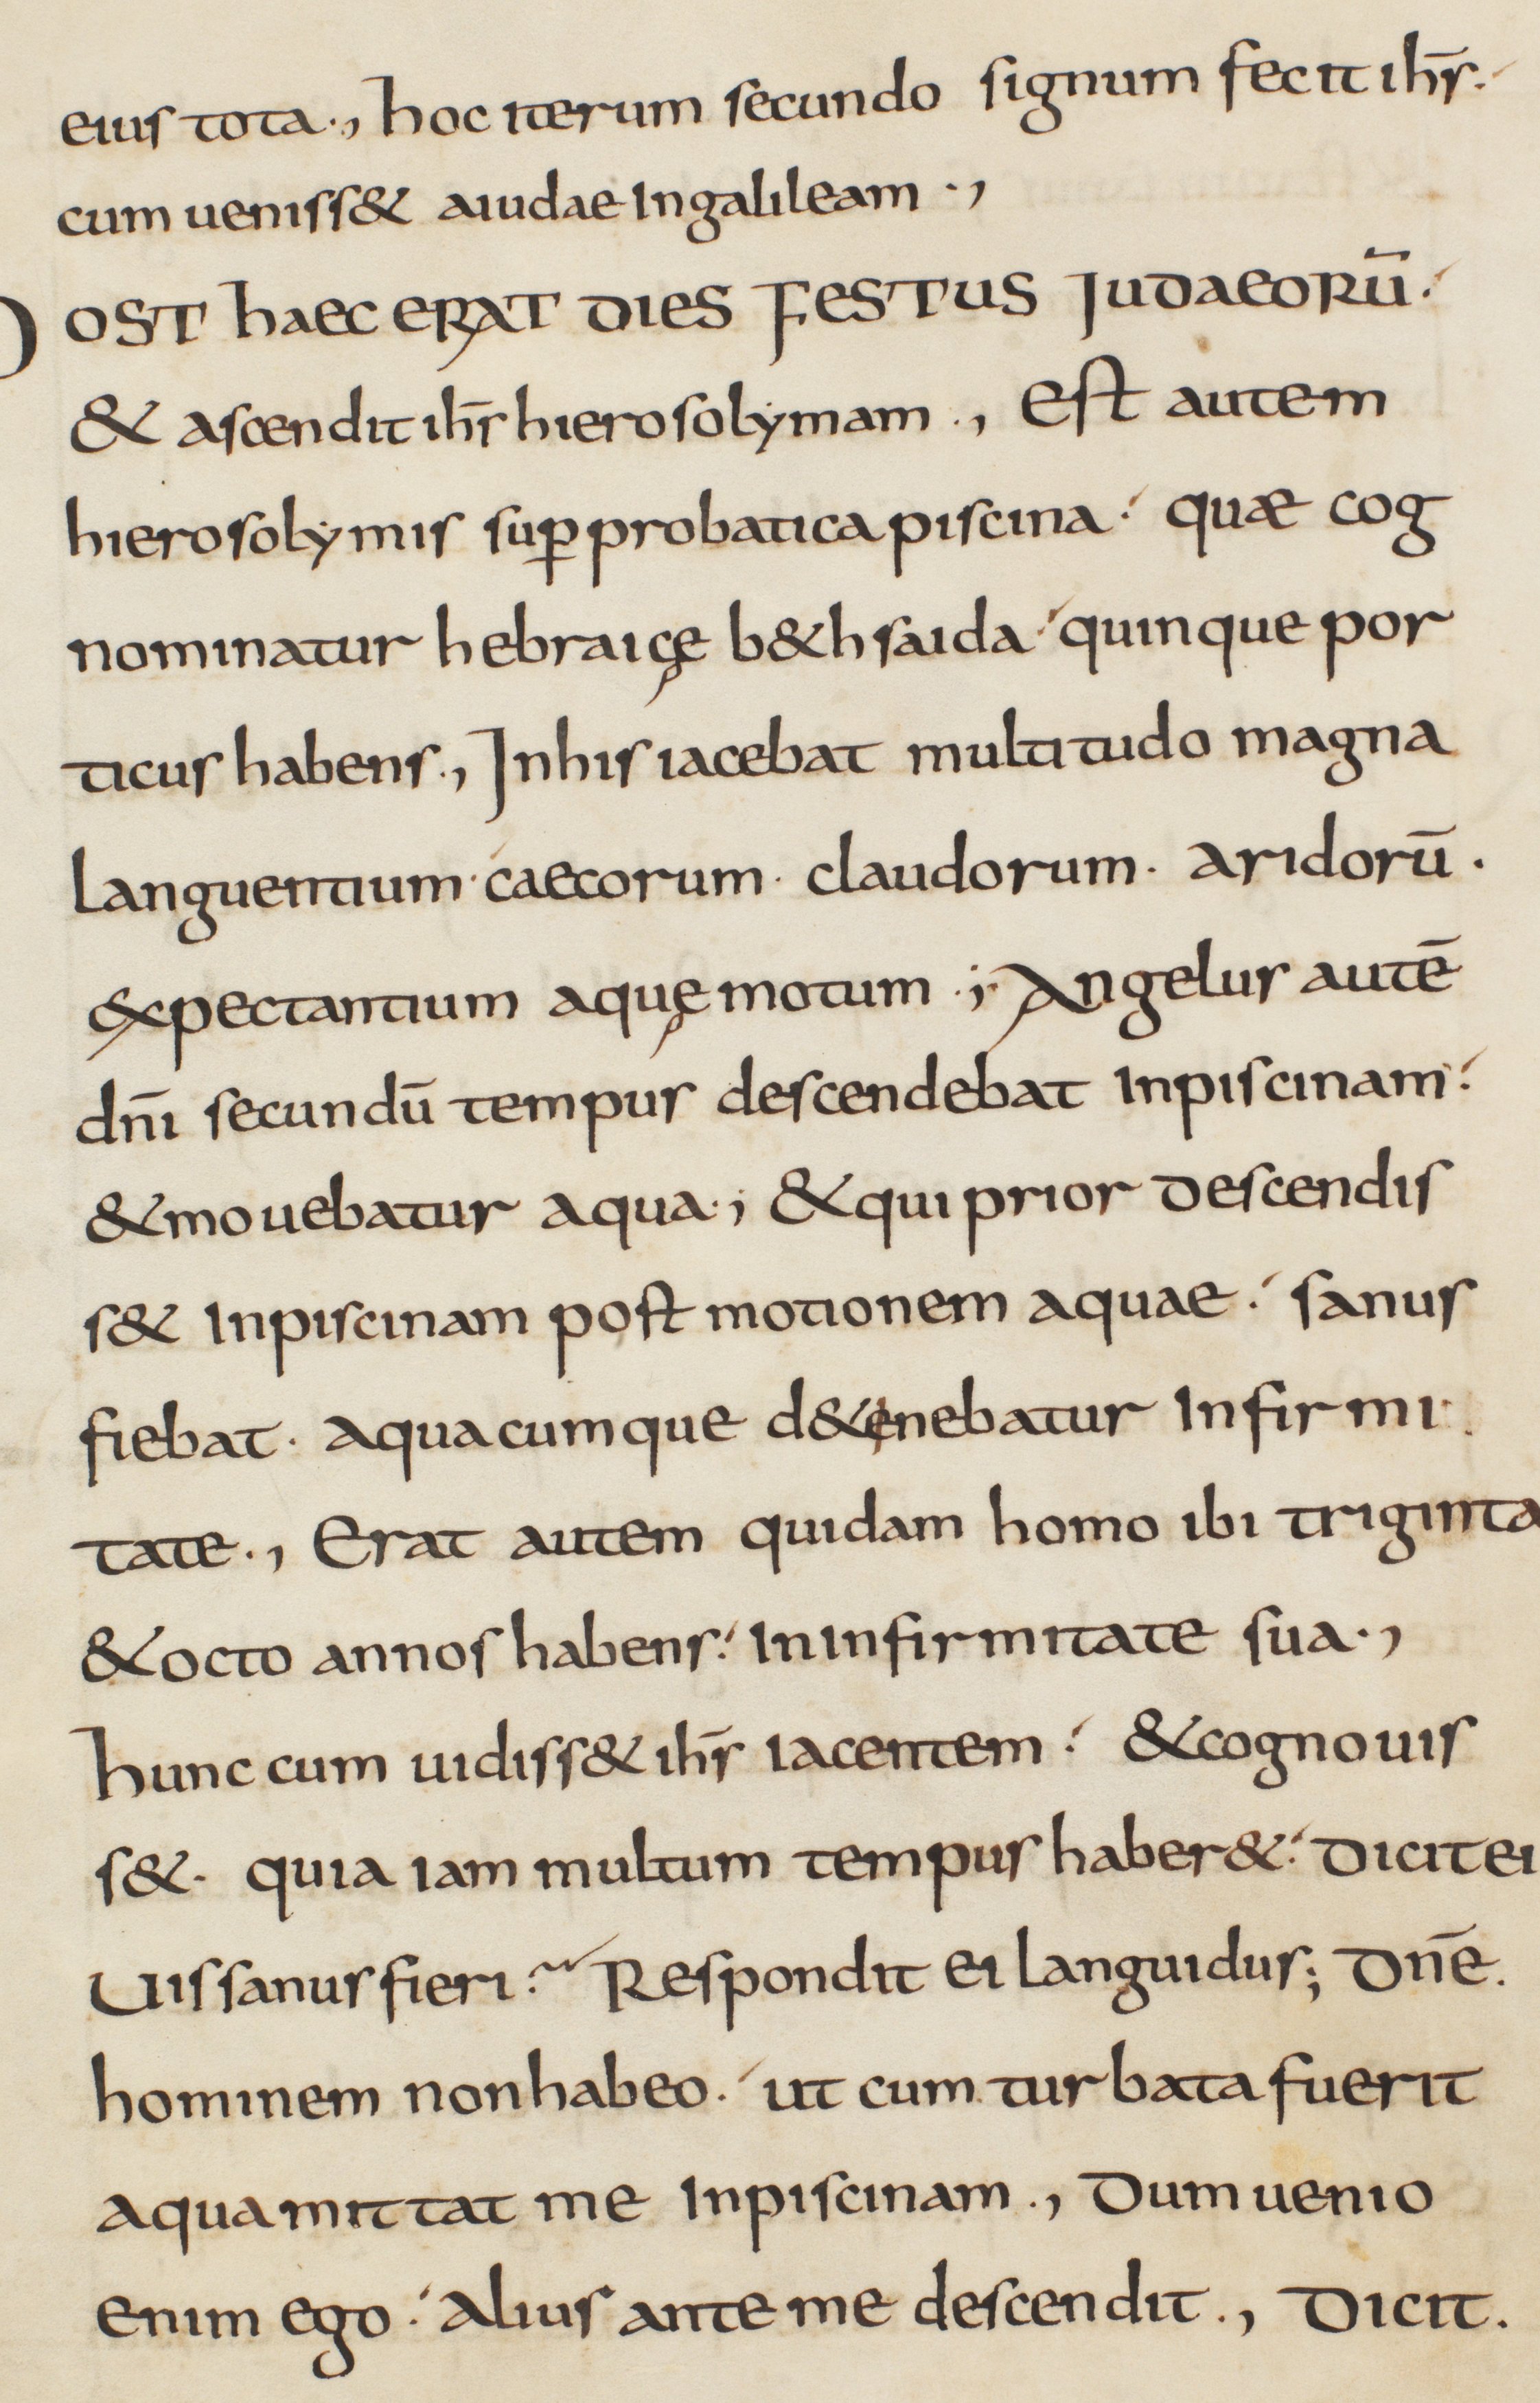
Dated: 825–849